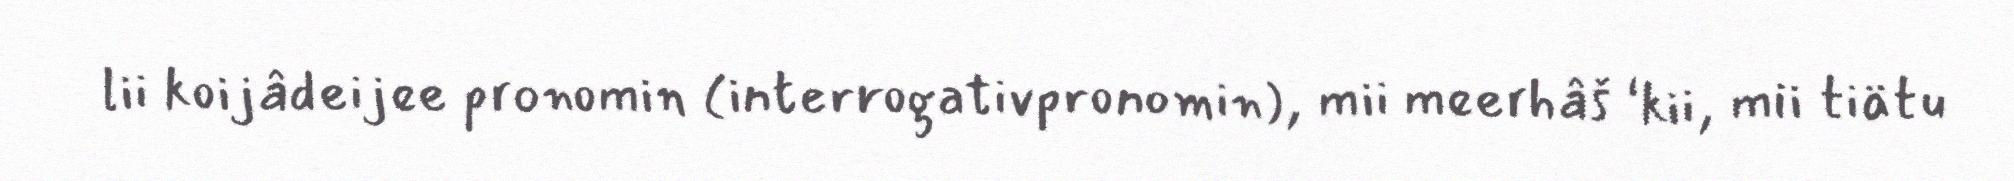
lii koijâdeijee pronomin (interrogativpronomin), mii meerhâš ‘kii, mii tiätu